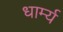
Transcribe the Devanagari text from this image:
धार्म्य